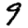
Digit: 9